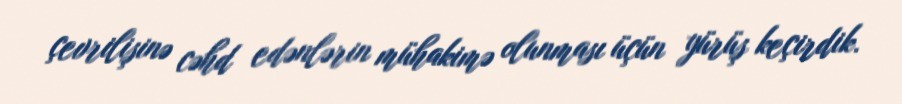
çevrilişinə cəhd edənlərin mühakimə olunması üçün yürüş keçirdik.